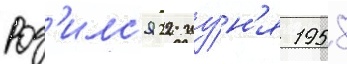
Род'илс'я 22 иу́н'я 1958